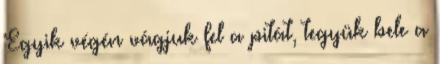
Egyik végén vágjuk fel a pitát, tegyük bele a